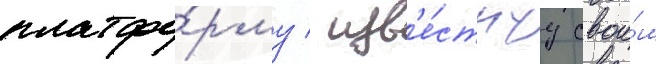
платфо́рму / изв'е́стнуу свои́м